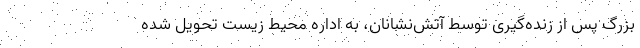
بزرگ پس از زنده‌گیری توسط آتش‌نشانان‌، به اداره محیط زیست تحویل شده